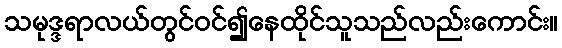
သမုဒ္ဒရာလယ်တွင်ဝင်၍နေထိုင်သူသည်လည်းကောင်း။